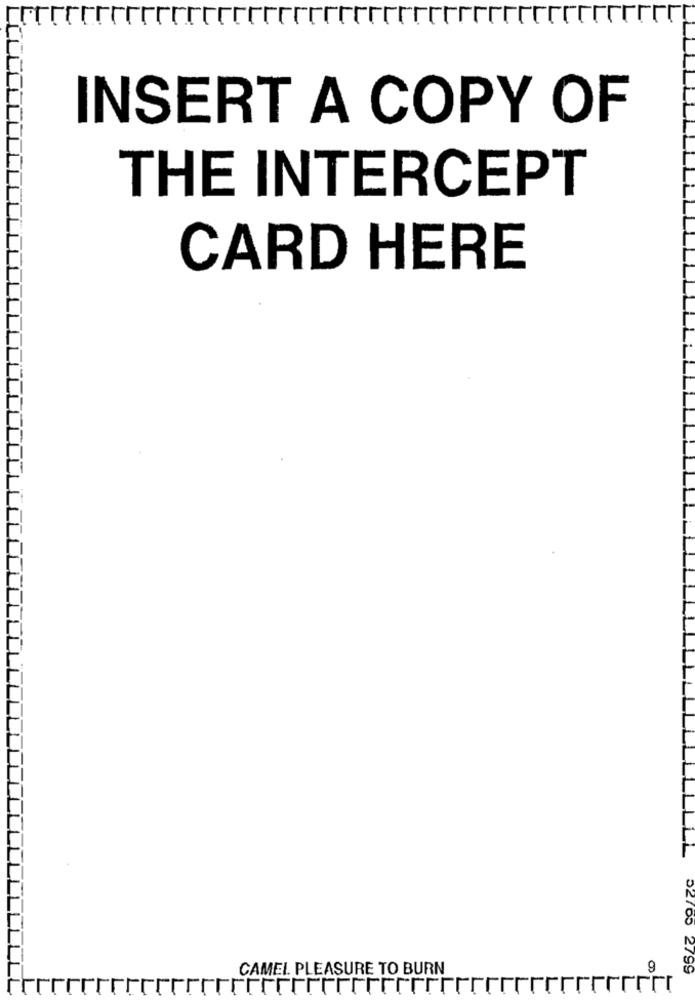
INSERT A COPY OF
THE INTERCEPT
CARD HERE
_LL
CAMEL PLEASURE TO BURN
9
52705 2799